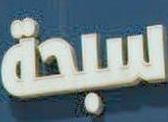
سبحة